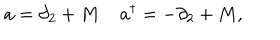
LaTeX: a = \partial _ { 2 } + M \; a ^ { \dagger } = - \partial _ { 2 } + M ,